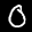
Label: 0